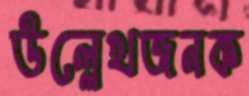
উল্লেখজনক